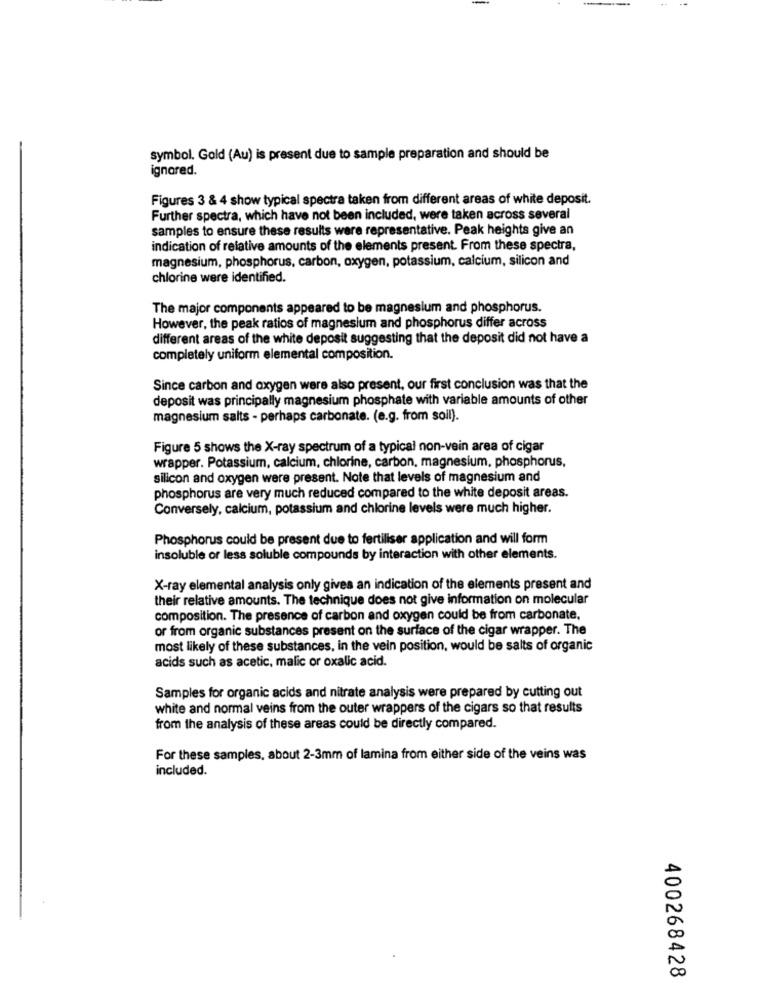
symbol. Gold (Au) is present due to sample preparation and should be
ignored.
Figures 3 & 4 show typical spectra taken from different areas of white deposit.
Further spectra, which have not been included, were taken across several
samples to ensure these results were representative. Peak heights give an
indication of relative amounts of the elements present. From these spectra,
magnesium, phosphorus, carbon, oxygen, potassium, calcium, silicon and
chlorine were identified.
The major components appeared to be magnesium and phosphorus.
However, the peak ratios of magnesium and phosphorus differ across
different areas of the white deposit suggesting that the deposit did not have a
completely uniform elemental composition.
Since carbon and oxygen were also present, our first conclusion was that the
deposit was principally magnesium phosphate with variable amounts of other
magnesium salts - perhaps carbonate. (e.g. from soil).
Figure 5 shows the X-ray spectrum of a typical non-vein area of cigar
wrapper. Potassium, calcium, chlorine, carbon, magnesium, phosphorus,
silicon and oxygen were present. Note that levels of magnesium and
phosphorus are very much reduced compared to the white deposit areas.
Conversely, calcium, potassium and chlorine levels were much higher.
Phosphorus could be present due to fertiliser application and will form
insoluble or less soluble compounds by interaction with other elements.
X-ray elemental analysis only gives an indication of the elements present and
their relative amounts. The technique does not give information on molecular
composition. The presence of carbon and oxygen could be from carbonate,
or from organic substances present on the surface of the cigar wrapper. The
most likely of these substances, in the vein position, would be salts of organic
acids such as acetic, malic or oxalic acid.
Samples for organic acids and nitrate analysis were prepared by cutting out
white and normal veins from the outer wrappers of the cigars so that results
from the analysis of these areas could be directly compared.
For these samples, about 2-3mm of lamina from either side of the veins was
included.
400268428